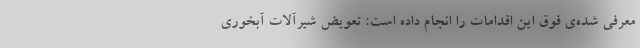
معرفی شده‌ی فوق این اقدامات را انجام داده است: تعویض شیرآلات آبخوری